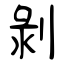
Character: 剝